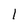
Character: 1